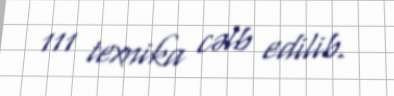
111 texnika cəlb edilib.